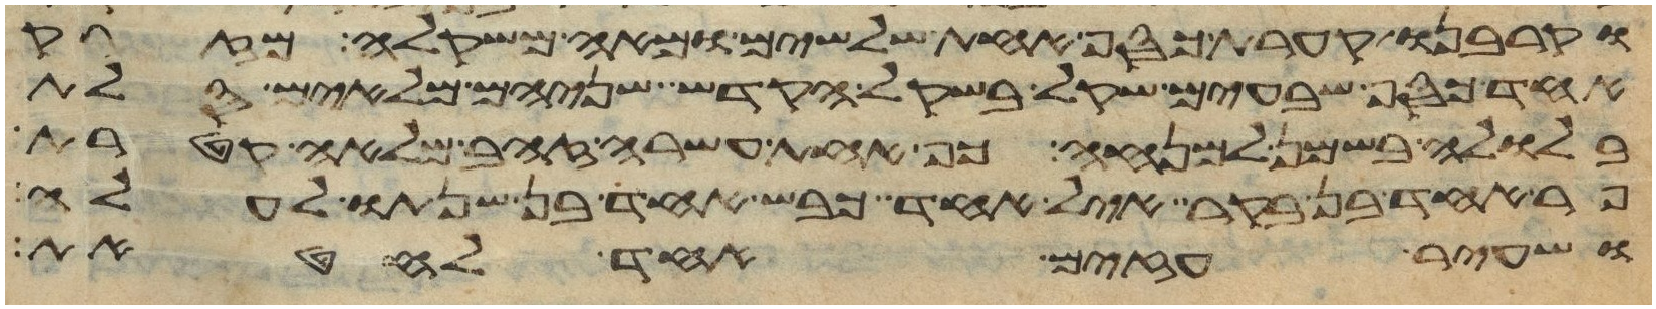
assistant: וקרבנו קערת כסף אחת שלשים ומאה משקלה מזרק
אחד כסף שבעים שקל בשקל הקדש שניהם מלאים סלת
בלולה בשמן למנחה כף אחת עשרה זהב מלאה קטרת
פר אחד בן בקר איל אחד כבש אחד בן שנתו לעלה
ושעיר עזים אחד לחטאת